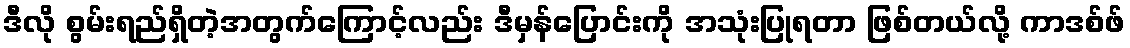
ဒီလို စွမ်းရည်ရှိတဲ့အတွက်ကြောင့်လည်း ဒီမှန်ပြောင်းကို အသုံးပြုရတာ ဖြစ်တယ်လို့ ကာဒစ်ဖ်